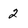
Character: 2